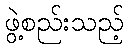
ဖွဲ့စည်းသည့်